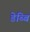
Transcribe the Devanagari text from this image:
डेब्बि